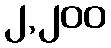
၂,၂၀၀